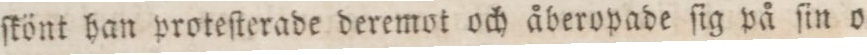
ſkönt han proteſterade deremot och åberopade ſig på ſin o=